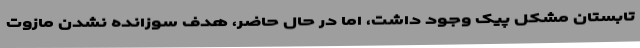
تابستان مشکل پیک وجود داشت، اما در حال حاضر، هدف سوزانده نشدن مازوت